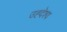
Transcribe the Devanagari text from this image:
उह्देश्य